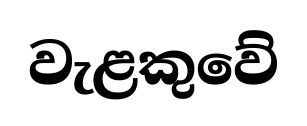
වැළකුවේ